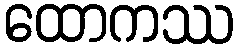
ထောကဿ